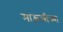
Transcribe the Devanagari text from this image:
माऊलीच्या